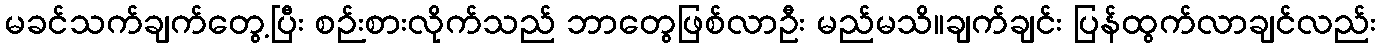
မခင်သက်ချက်တွေ့ပြီး စဉ်းစားလိုက်သည် ဘာတွေဖြစ်လာဦး မည်မသိ။ချက်ချင်း ပြန်ထွက်လာချင်လည်း